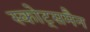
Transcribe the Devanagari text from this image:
स्कोट्समैन